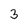
Character: 3